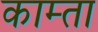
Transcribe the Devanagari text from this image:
काम्ता